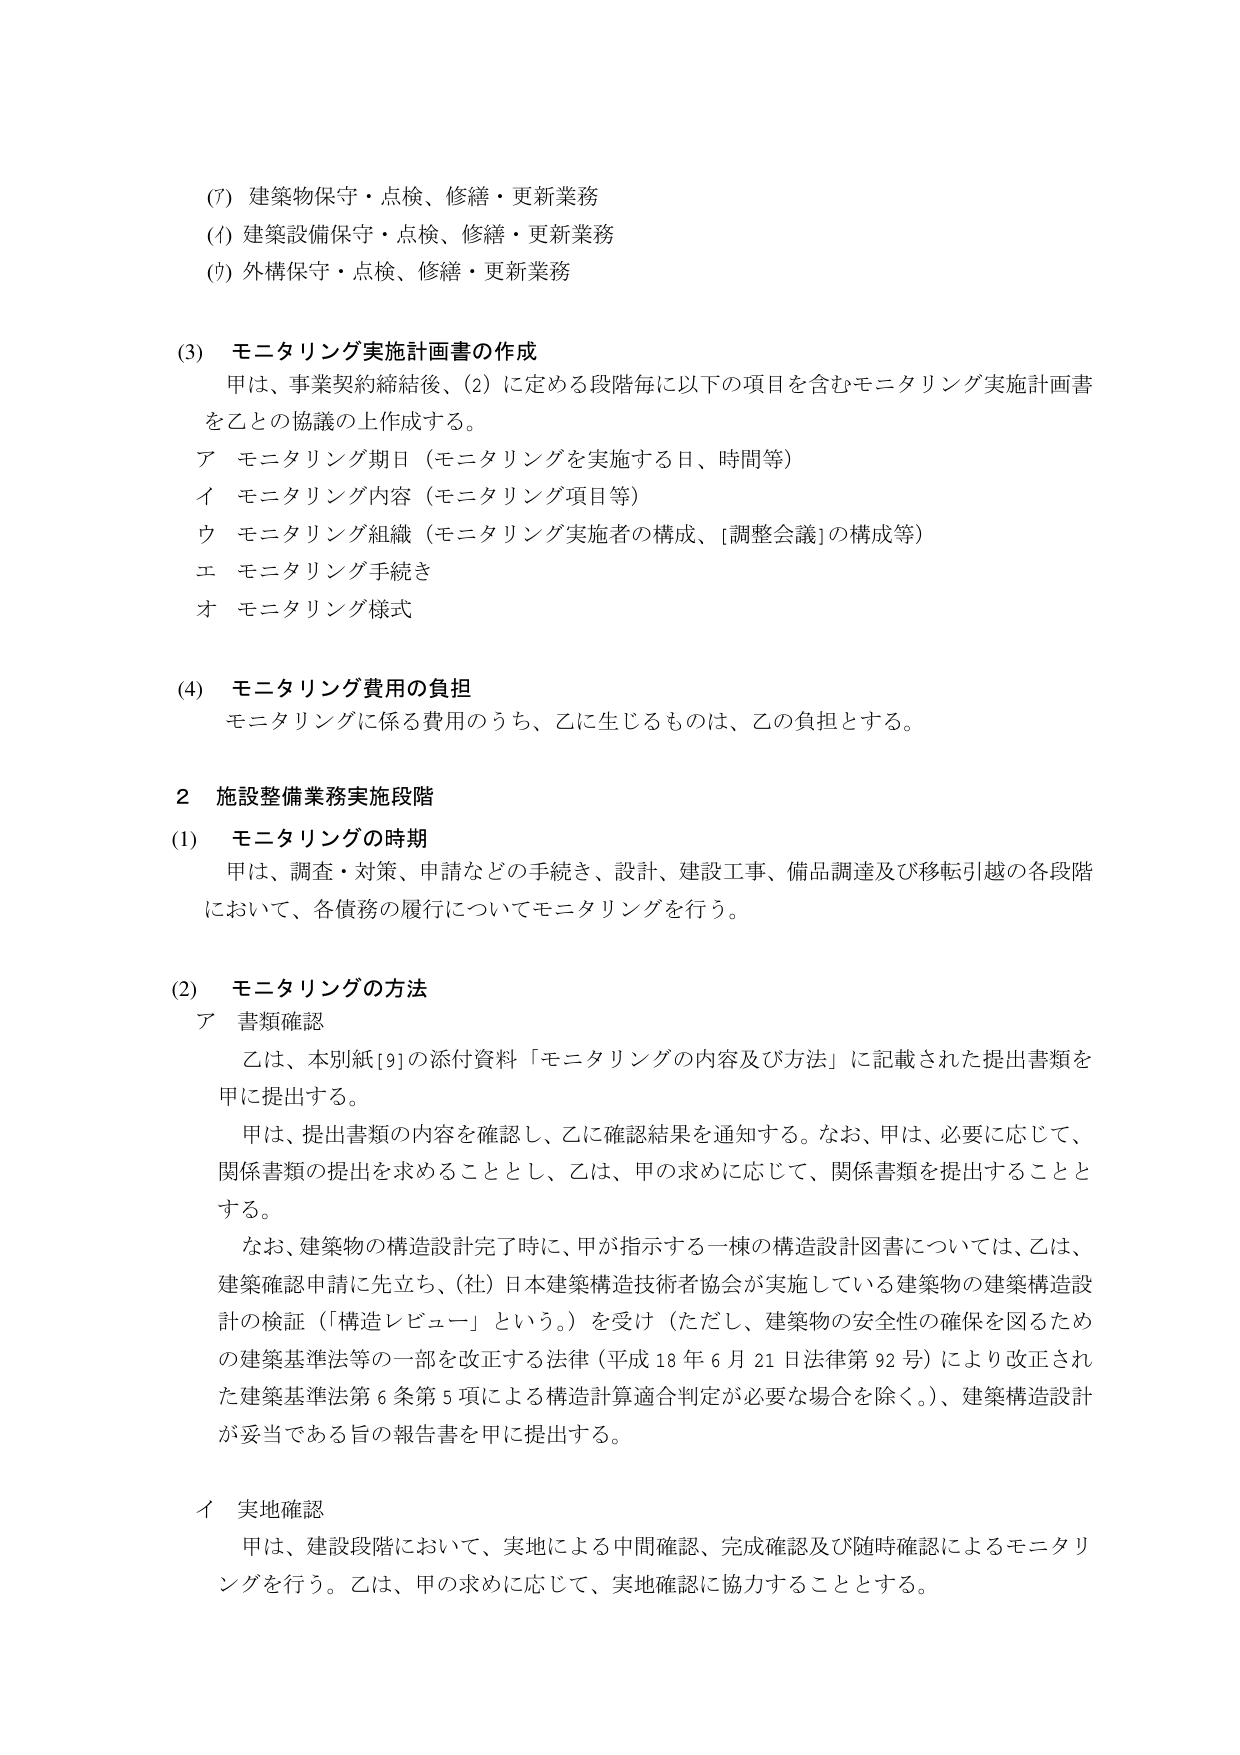
(7) 建築物保守・点検、修繕・更新業務
(ⅰ) 建築設備保守・点検、修繕・更新業務
(ⅱ) 外構保守・点検、修繕・更新業務

(3) モニタリング実施計画書の作成
甲は、事業契約締結後、(2) に定める段階毎に以下の項目を含むモニタリング実施計画書を乙との協議の上作成する。
ア モニタリング期日（モニタリングを実施する日、時間等）
イ モニタリング内容（モニタリング項目等）
ウ モニタリング組織（モニタリング実施者の構成、[調整会議]の構成等）
エ モニタリング手続き
オ モニタリング様式

(4) モニタリング費用の負担
モニタリングに係る費用のうち、乙に生じるものは、乙の負担とする。

2 施設整備業務実施段階
(1) モニタリングの時期
甲は、調査・対策、申請などの手続き、設計、建設工事、備品調達及び移転引越の各段階において、各債務の履行についてモニタリングを行う。

(2) モニタリングの方法
ア 書類確認
乙は、本別紙[9]の添付資料「モニタリングの内容及び方法」に記載された提出書類を甲に提出する。
甲は、提出書類の内容を確認し、乙に確認結果を通知する。なお、甲は、必要に応じて、関係書類の提出を求めることとし、乙は、甲の求めに応じて、関係書類を提出することとする。
なお、建築物の構造設計完了時に、甲が指示する一棟の構造設計図書については、乙は、建築確認申請に先立ち、(社)日本建築構造技術者協会が実施している建築物の建築構造設計の検証（「構造レビュー」という。）を受け（ただし、建築物の安全性の確保を図るための建築基準法等の一部を改正する法律（平成18年6月21日法律第92号）により改正された建築基準法第6条第5項による構造計算適合判定が必要な場合を除く。）、建築構造設計が妥当である旨の報告書を甲に提出する。

イ 実地確認
甲は、建設段階において、実地による中間確認、完成確認及び随時確認によるモニタリングを行う。乙は、甲の求めに応じて、実地確認に協力することとする。